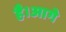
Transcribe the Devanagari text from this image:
है।आगे